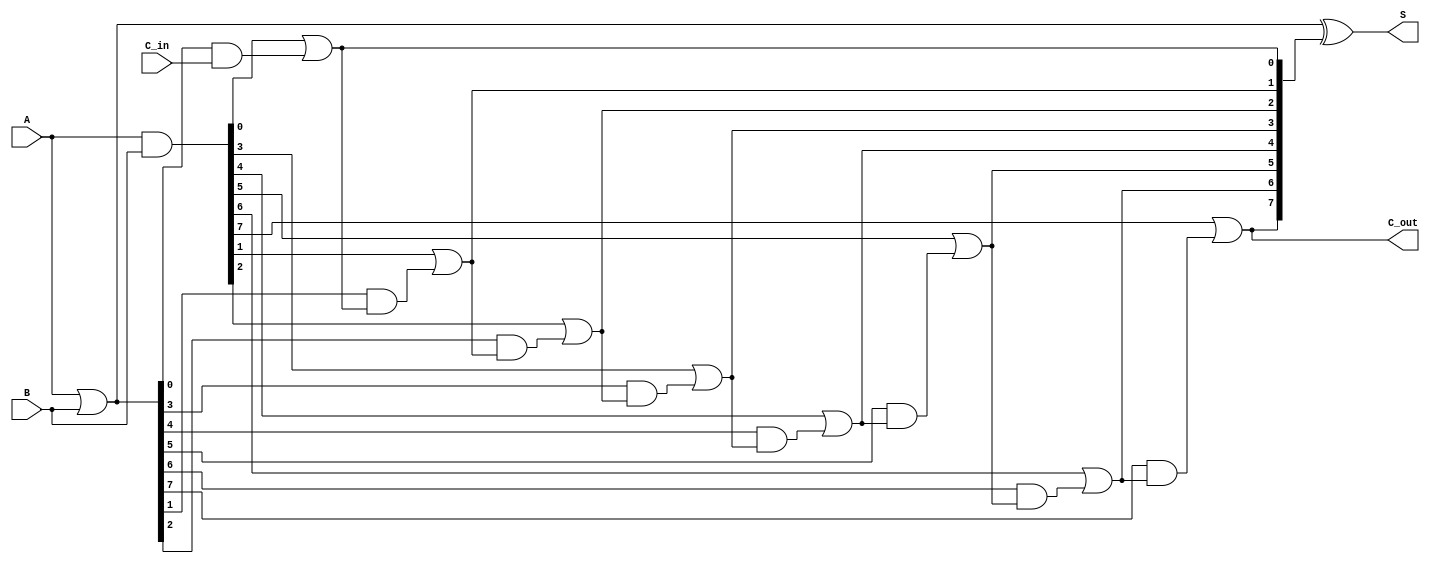
module KoggeStoneAdder #(parameter WIDTH = 8) (
    input  [WIDTH-1:0] A,
    input  [WIDTH-1:0] B,
    input  C_in,
    output [WIDTH-1:0] S,
    output C_out
);

    wire [WIDTH-1:0] G; // Generate
    wire [WIDTH-1:0] P; // Propagate
    wire [WIDTH:0] C;   // Carry

    // Generate and Propagate Signals
    assign G = A & B;           // G[i] = A[i] AND B[i]
    assign P = A | B;           // P[i] = A[i] OR B[i]
    
    // Carry Initialization
    assign C[0] = C_in;         // C[0] = C_in

    // Kogge-Stone Carry Generation
    genvar i, j;
    generate
        for (i = 0; i < WIDTH; i = i + 1) begin : carry_generation
            if (i == 0) begin
                assign C[i + 1] = G[i] | (P[i] & C[0]); // C[1]
            end else begin
                assign C[i + 1] = G[i] | (P[i] & C[i]); // C[i + 1]
            end
        end
    endgenerate

    // Sum Calculation
    assign S = P ^ C[WIDTH:1]; // S[i] = P[i] XOR C[i + 1]

    // Carry Out
    assign C_out = C[WIDTH]; // C_out = C[WIDTH]

endmodule